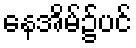
နေအိမ်၌ပင်